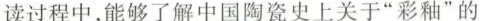
读过程中，能够了解中国瓷史上关于”彩釉”的